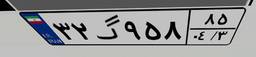
۹۷گ۹۲۰۲۴